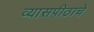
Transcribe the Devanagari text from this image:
व्यासपीठाचे